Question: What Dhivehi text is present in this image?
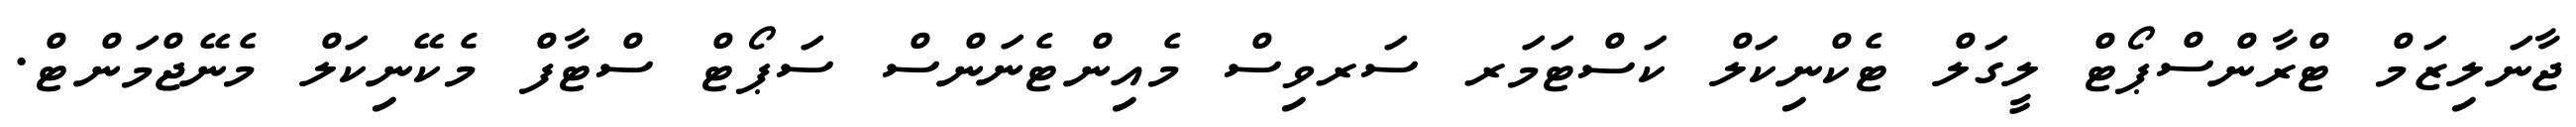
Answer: ޖާނަލިޒަމް ޓްރާންސްޕޯޓް ލީގަލް ޓެކްނިކަލް ކަސްޓަމަރ ސަރވިސް މެއިންޓެނަންސް ސަޕޯޓް ސްޓާފް މެކޭނިކަލް މެނޭޖްމަންޓް.